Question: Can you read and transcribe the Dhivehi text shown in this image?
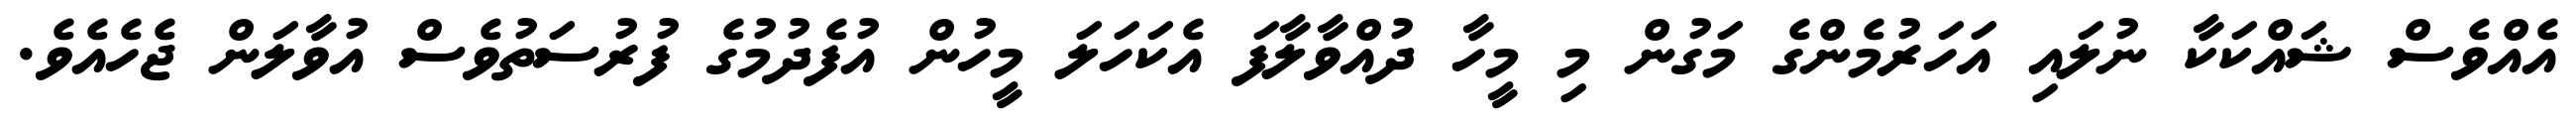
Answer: އެއްވެސް ޝައްކަކާ ނުލައި އަހަރުމެންގެ މަގުން މި މީހާ ދުއްވާލާފަ އެކަހަލަ މީހުން އުފެދުމުގެ ފުރުސަތުވެސް އުވާލަން ޖެހެއެވެ.